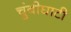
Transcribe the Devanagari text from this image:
चुंबीघाटी